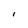
Character: I